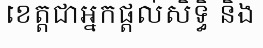
ខេត្តជាអ្នកផ្តល់សិទ្ធិ និង